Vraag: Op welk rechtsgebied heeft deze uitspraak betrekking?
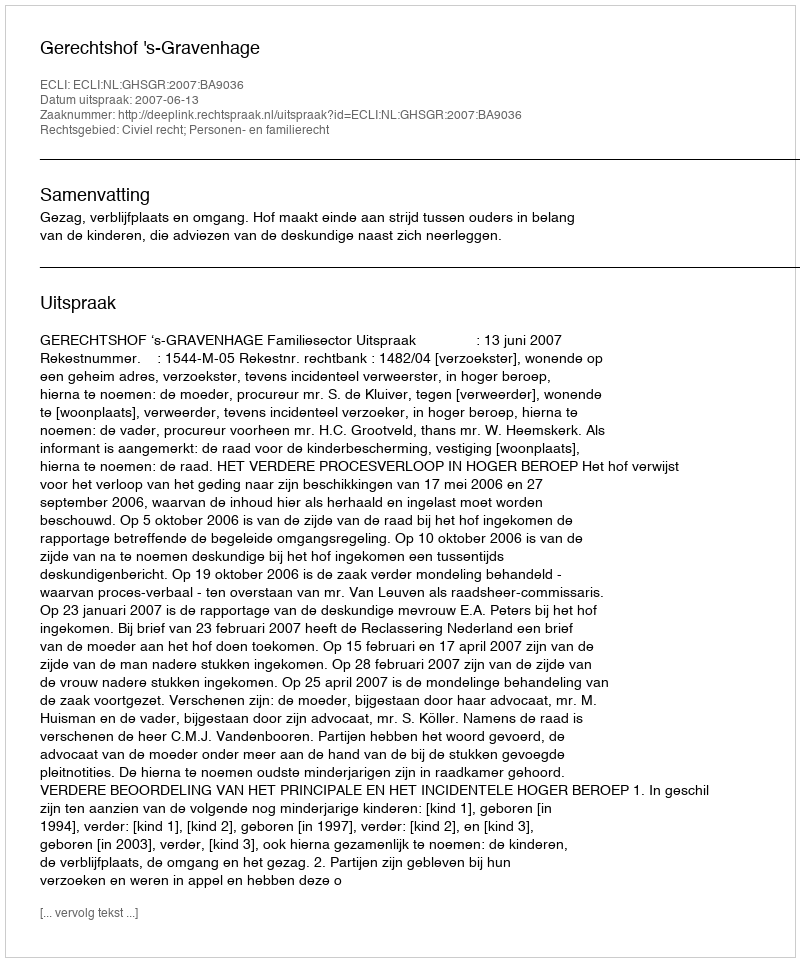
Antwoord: Civiel recht; Personen- en familierecht